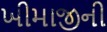
ખીમાજીની